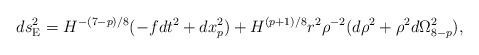
LaTeX: \begin{align*}ds^2_{\rm E}=H^{-(7-p)/8}(-fdt^2 +dx_p^2) +H^{(p+1)/8}r^2 \rho^{-2} (d\rho^2 +\rho^2d\Omega^2_{8-p}),\end{align*}